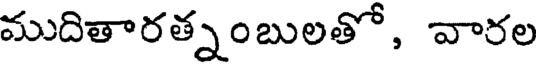
ముదితారత్నంబులతో, వారల